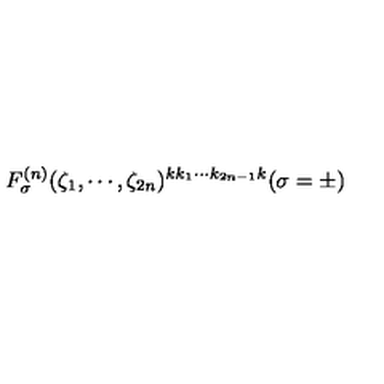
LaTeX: F _ { \sigma } ^ { ( n ) } ( \zeta _ { 1 } , \cdots , \zeta _ { 2 n } ) ^ { k k _ { 1 } \cdots k _ { 2 n - 1 } k } ( \sigma = \pm )